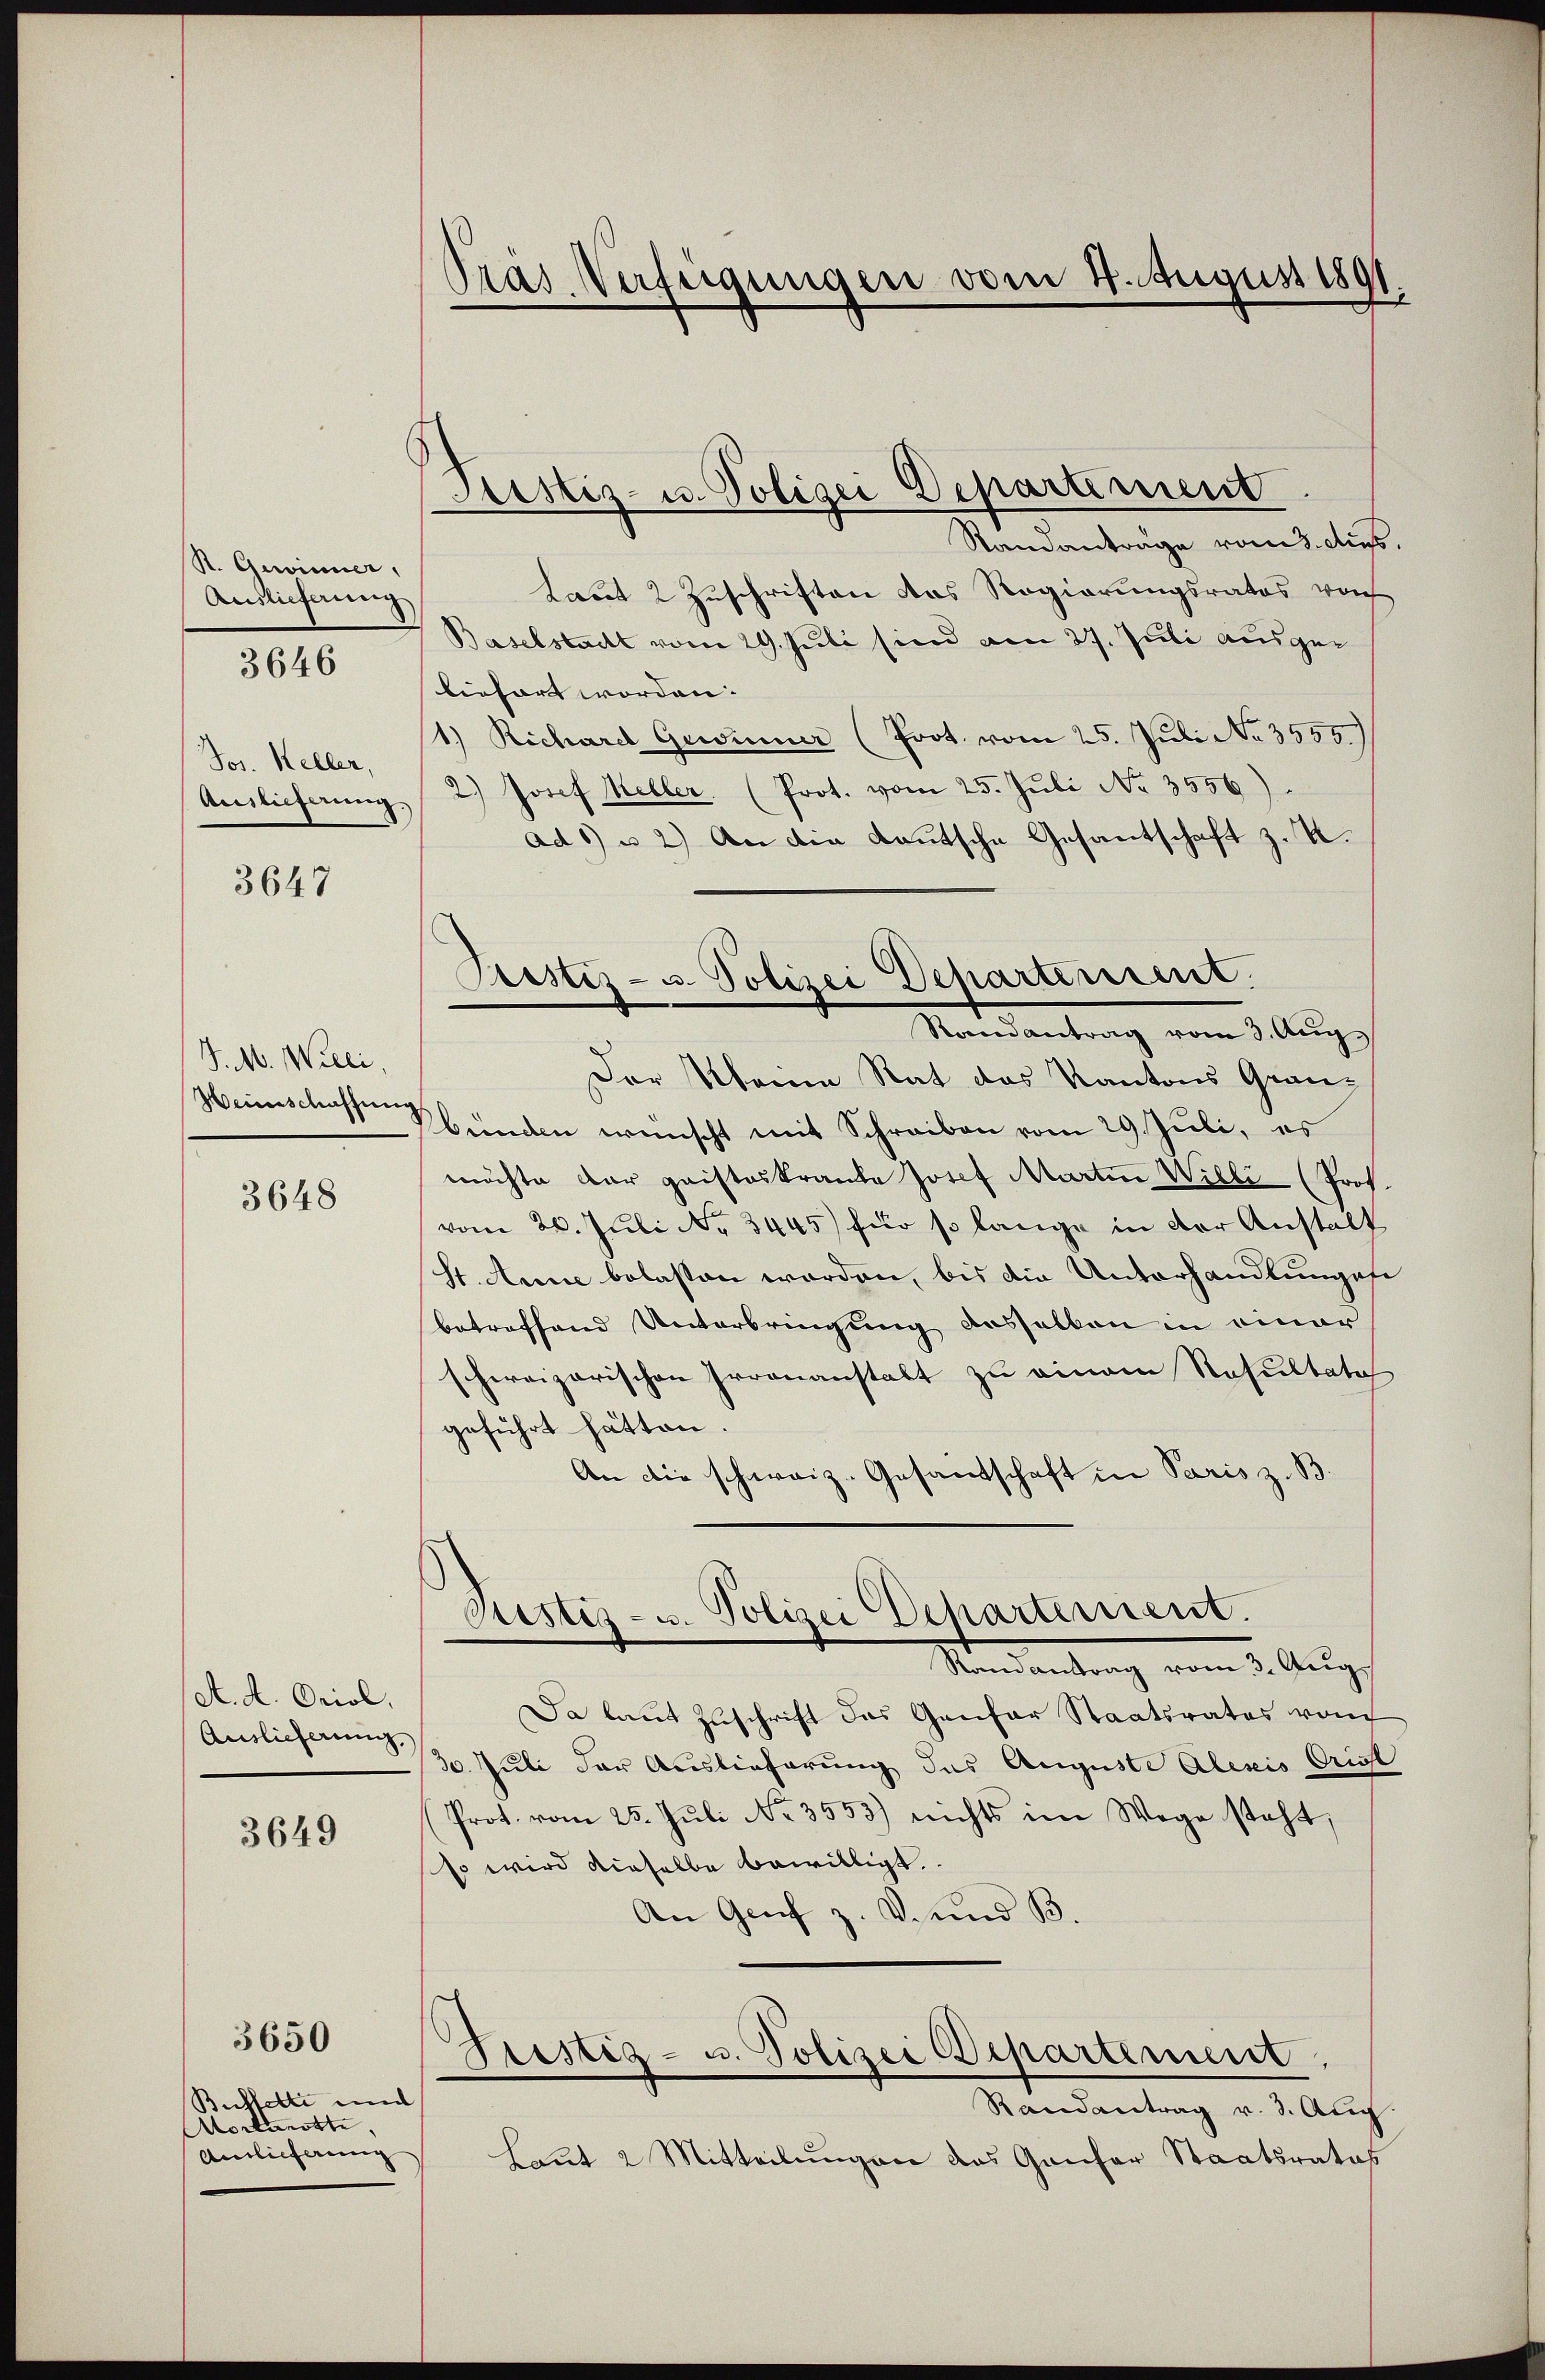
K. Gewinner,
Auslieferung
3646

Jos. Keller,
Auslieferung.

3647

J. M. Willi,
Weinschaffung

3648

A. A. Oriol.
Auslieferung,

3649

Buffette und
Mortanotte
Anslieferung

3650

Tras Verfügungen vom 4. August 1891

Justiz- u. Polizei Departement

Standantrage vom 3. Au
Laut 2 Zuschriften das Regierungsrates von
Baselstadt vom 29. Juli sien am 27. Juli ausgeliefert worden:
1.) Richard Gewinner (Prot. vom 25. Juli No 3555.)
) Josef Keller. (Prot. vom 25. Juli No 3556).
ad 6) u 2) An die Lautsche Gesantschaft z. U.
Mandantrag vom 5. Aug.
Der Manne Rat das Kantons Grau-
bünden wünscht mit Schreiben vom 29. Juli, es
möchte der geisteskrante Josef Martin Willi (Prof
vom 26. Juli No 3445) für so lange in der Anstalt
St. Anne belassen worden, bis die Unterhandlungese
betreffend Unterbringung deshalben in einer
schweizerischen Irrenanstalt zu einem Resultate
geführt hätten.
An die schweiz. Gesandschaft in Paris z. B.
Rustiz- u. Polizei Departement.
Standantung vom 5. Aug.
Da laut Zuschrift das Genfer Staatsrates vom
30. Juli der Auslieferung das Auguste Alexis Griest
Prot. vom 25. Jŭli No 3553) nichts im Wege steht,
so wird dieselbe bewilligt.
An Genf z. B. und B.
Justiz- u. Polizei Departement.
Randantrag v. 3. Aug
Laut 2 Mitteilungen das Ganfer Staatsrates

Pristiz- u. Polizei Departement.